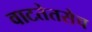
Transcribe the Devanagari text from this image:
वाटतेतसेच